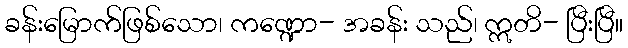
ခန်းမြောက်ဖြစ်သော၊ ကဏ္ဍော- အခန်း သည်၊ ဣတိ- ပြီးပြီ။